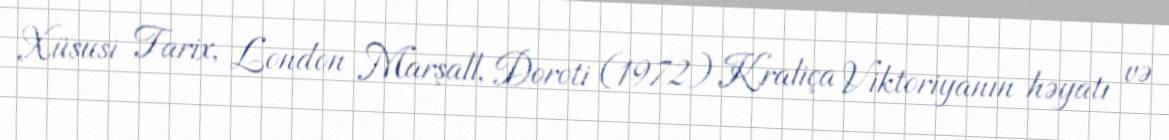
Xüsusi Tarix, London Marşall, Doroti (1972) Kraliça Viktoriyanın həyatı və